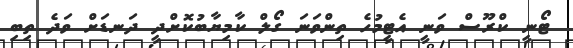
ޓޯނީ ކްރޫސް ވަނީ އެޓީމުހެ ތިންވަނަ ގޯލް ކާމިޔާބުކޮށްދީ ދަނޑަށް ވަދެ ތިބި